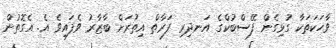
ވާހަކަތަކާ ގުޅިގެން ފޭސްބުކްގެ އަނދިރި ފަރާތް އިތުރަށް ބާޒާރު ވެފައިވެ އެެ. އެގޮތުން